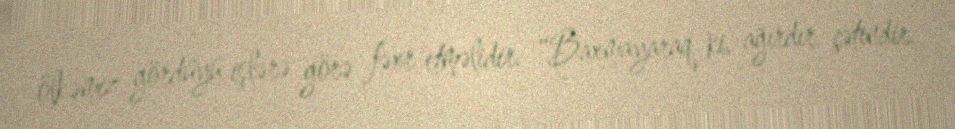
ölkəmiz gördüyü işlərə görə fəxr etməlidir: “Baxmayaraq ki, ağırdır, çətindir.